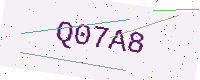
Text: Q07A8